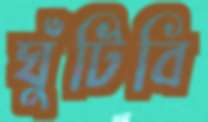
ঘুঁটিবি